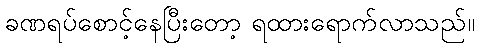
ခဏရပ်စောင့်နေပြီးတော့ ရထားရောက်လာသည်။